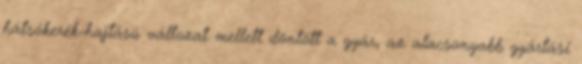
hátsókerék-hajtású változat mellett döntött a gyár, az alacsonyabb gyártási